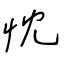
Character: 忱